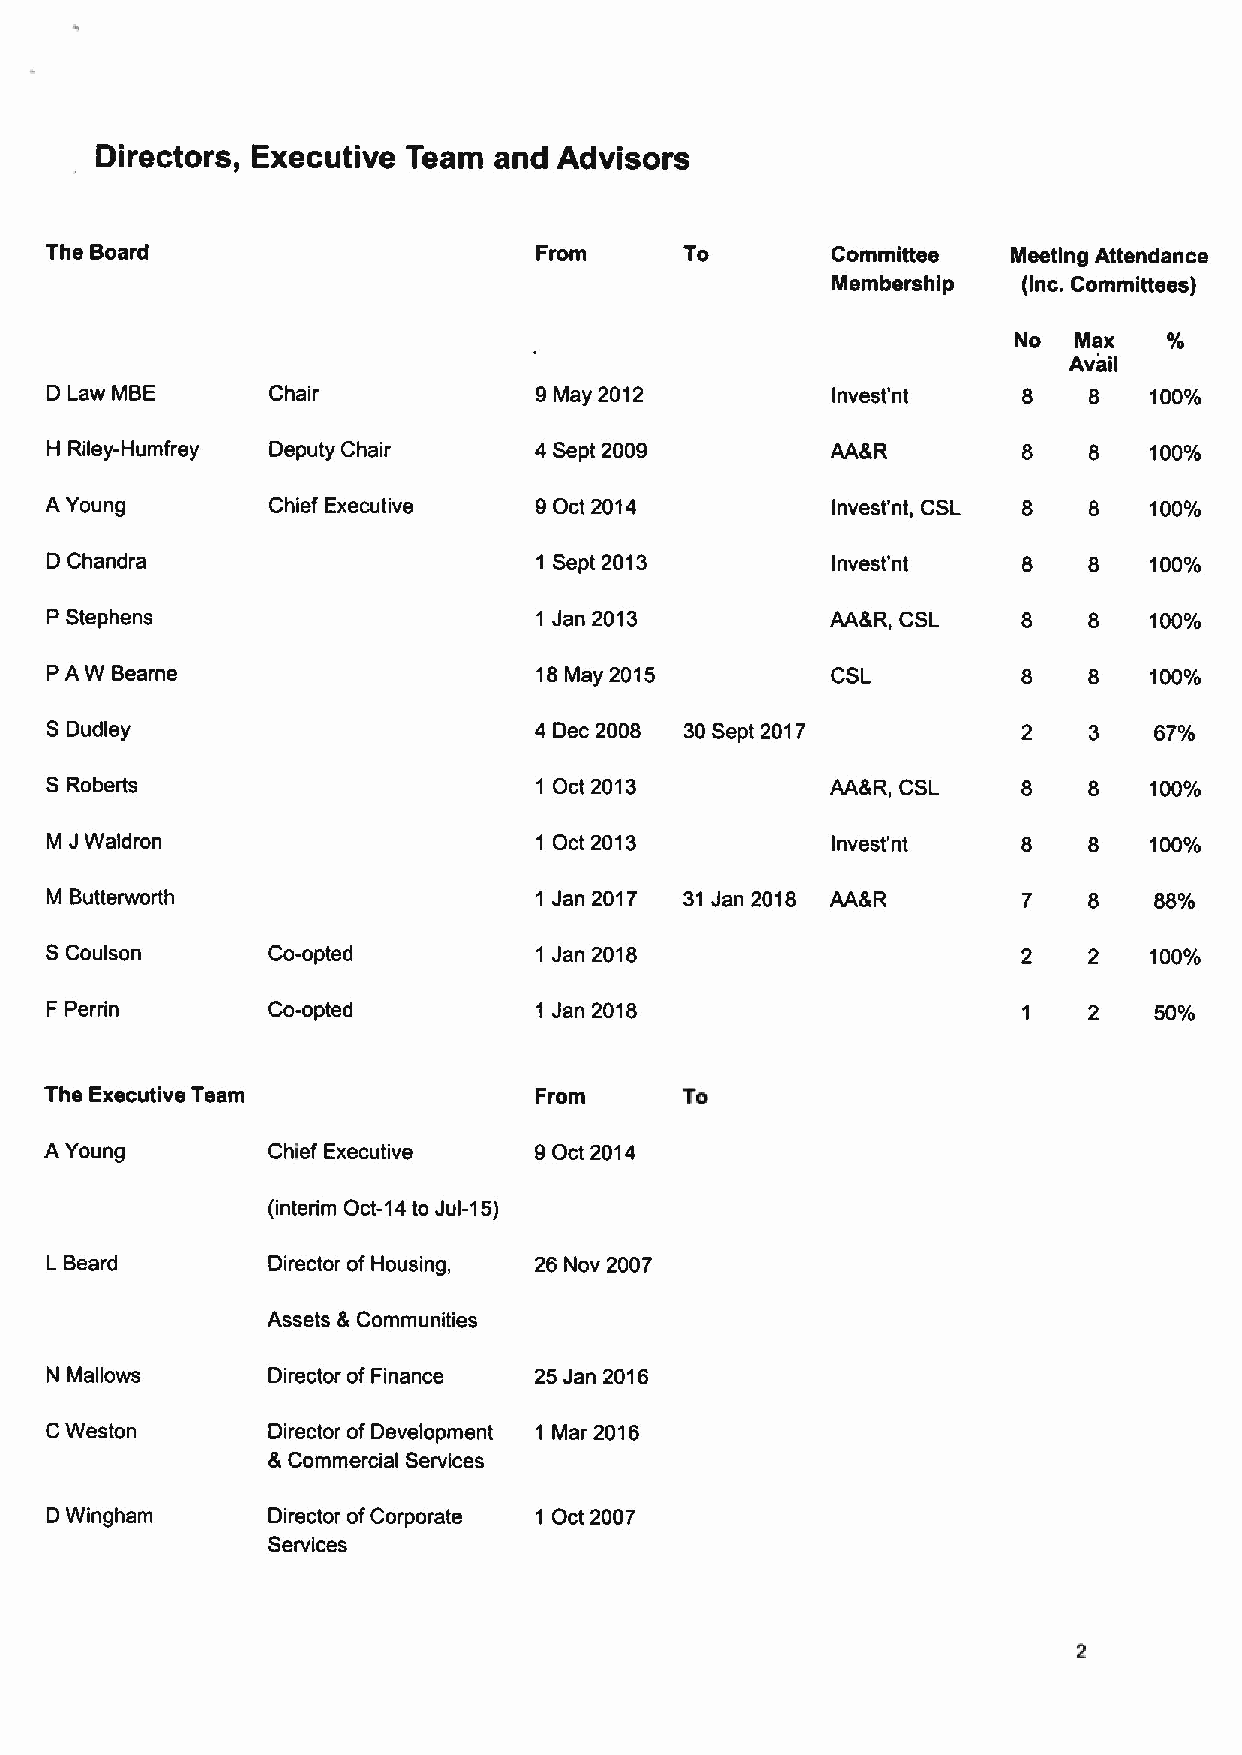
Directors, Executive Team  and Advisors
 The Board                        From     To        Committee   Meeting Attendance
 Membership   (Inc. Committees)
 No  Max
 Avail
 D Law MBE      Chair            9May 2012           Invest'nt    8   8   100%
 H Riley-Humfrey Deputy Chair    4 Sept 2009         AA&R         8   8   100%
 A Young        Chief Executive  9Oct 2014           Invest'nt, CSL 8 8   100%
 D Chandra                        1 Sept 2013        Invest'nt    8   8   100%
 P Stephens                       1 Jan 2013         AA&R, CSL    8   8   100%
 PA W Bearne                      18May 2015         CSL          8   8   100%
 SDudley                         4 Dec 2008 30Sept 2017           2   3   67%
 SRoberts                         1 Oct 2013         AA&R, CSL    8   8   100%
 M JWaldron                       1 Oct 2013         Invest'nt    8   8   100%
 M Butterworth                    1 Jan 2017 31Jan 2018 AA&R      7   8   88%
 SCoulson       Co-opted          1 Jan 2018                      2   2   100%
 F Perrin       Co-opted          1 Jan 2018                      1   2   50%
 The Executive Team              From      To
 A Young        Chief Executive  9Oct 2014
 (interim Oct-14 to Jul-15)
 L Beard        Director ofHousing, 26 Nov 2007
 Assets &Communities
 N Mallows      Director ofFinance 25 Jan 2016
 CWeston        Director ofDevelopment 1 Mar 2016
 &Commercial Services
 D Wingham      Director ofCorporate 1 Oct 2007
 Services